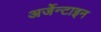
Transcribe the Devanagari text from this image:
अर्जेन्टाइन